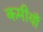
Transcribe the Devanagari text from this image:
कमीयाँ